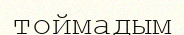
тоймадым